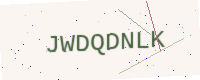
Text: JWDQDNLK